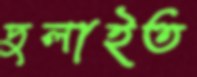
দুলাইত